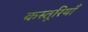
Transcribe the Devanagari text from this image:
कस्तूरियाँ